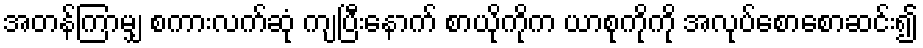
အတန်ကြာမျှ စကားလက်ဆုံ ကျပြီးနောက် စာယိုကိုက ယာစုကိုကို အလုပ်စောစောဆင်း၍